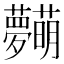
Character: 𱿋